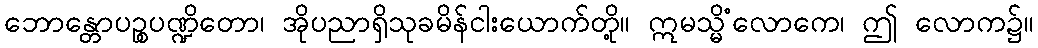
ဘောန္တောပဉ္စပဏ္ဍိတော၊ အိုပညာရှိသုခမိန်ငါးယောက်တို့။ ဣမသ္မိံလောကေ၊ ဤ လောက၌။